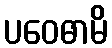
ပဝေဓာမိ